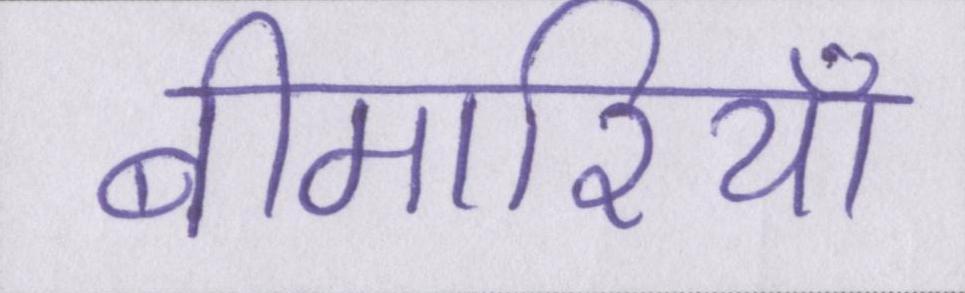
बीमारियां